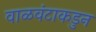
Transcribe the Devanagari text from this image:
वाळवंटाकडुन